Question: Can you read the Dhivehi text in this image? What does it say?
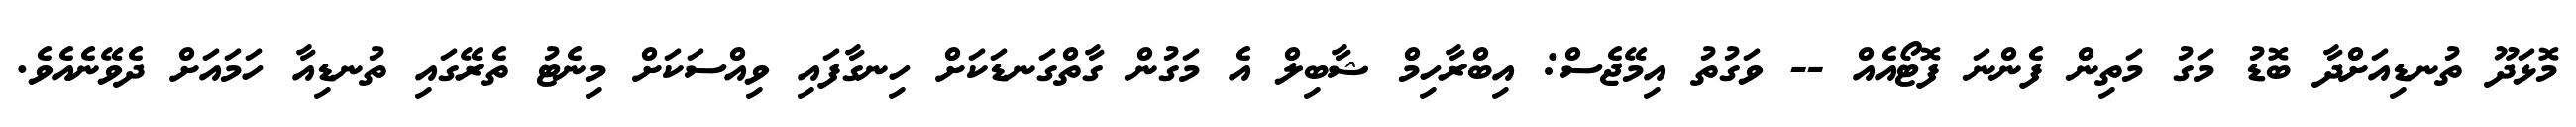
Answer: މޮޅަދޫ ތުނޑިއަށްދާ ބޮޑު މަގު މަތިން ފެންނަ ފޮޓޯއެއް -- ވަގުތު އިމޭޖެސް: އިބްރާހިމް ޝާބިލް އެ މަގުން ގާތްގަނޑަކަށް ހިނގާފައި ވިއްސަކަށް މިނެޓު ތެރޭގައި ތުނޑިއާ ހަމައަށް ދެވޭނެއެވެ.